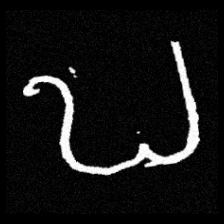
Pyu character \u2014 Myanmar letter: ဎ (romanized: ddha)